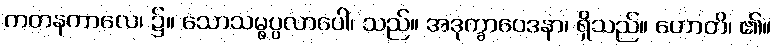
ကတနကာလေ၊ ၌။ သောသမ္ဖပ္ပလာပေါ၊ သည်။ အဒုက္ခာဝေဒနာ၊ ရှိသည်။ ဟောတိ၊ ၏။